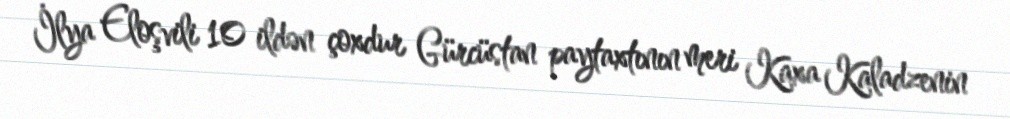
İlya Eloşvili 10 ildən çoxdur Gürcüstan paytaxtının meri Kaxa Kaladzenin